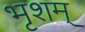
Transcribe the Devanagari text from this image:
भृशम्‌